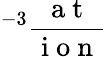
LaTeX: ^{-3}\frac{\mathrm{~a~t~}}{\mathrm{~i~o~n~}}